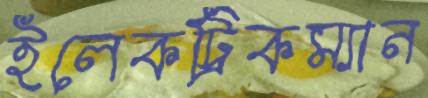
ইলেকট্রিকম্যান